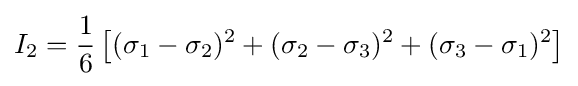
I_{2}={\frac {1}{6}}\left[(\sigma _{1}-\sigma _{2})^{2}+(\sigma _{2}-\sigma _{3})^{2}+(\sigma _{3}-\sigma _{1})^{2}\right]